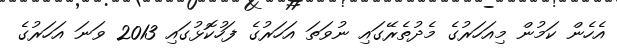
އެހެން ކަމުން މިއަހަރުގެ މެދުތެރޭގައި ނުވަތަ އަހަރުގެ ފަހުކޮޅުގައި 2013 ވަނަ އަހަރުގެ